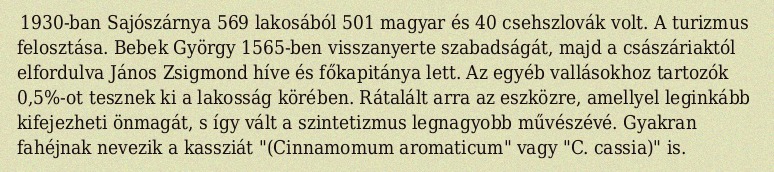
1930-ban Sajószárnya 569 lakosából 501 magyar és 40 csehszlovák volt. A turizmus felosztása. Bebek György 1565-ben visszanyerte szabadságát, majd a császáriaktól elfordulva János Zsigmond híve és főkapitánya lett. Az egyéb vallásokhoz tartozók 0,5%-ot tesznek ki a lakosság körében. Rátalált arra az eszközre, amellyel leginkább kifejezheti önmagát, s így vált a szintetizmus legnagyobb művészévé. Gyakran fahéjnak nevezik a kassziát "(Cinnamomum aromaticum" vagy "C. cassia)" is.